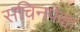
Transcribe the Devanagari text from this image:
सचिनपेक्षा